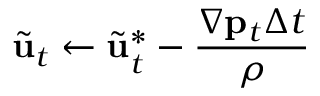
\widetilde { \mathbf { u } } _ { t } \gets \widetilde { \mathbf { u } } _ { t } ^ { * } - \frac { \nabla \mathbf { p } _ { t } \Delta t } { \rho }